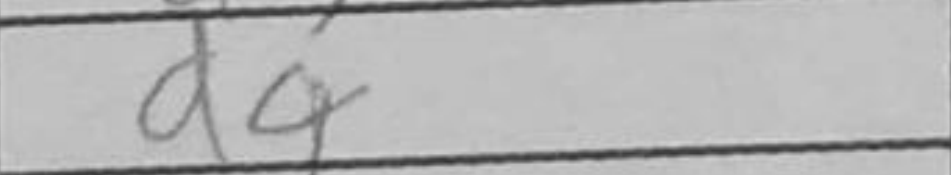
Transcription: d4